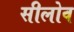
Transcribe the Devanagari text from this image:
सीलोव